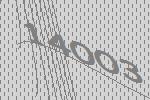
14003